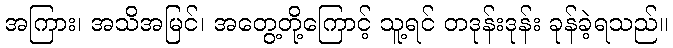
အကြား၊ အသိအမြင်၊ အတွေ့တို့ကြောင့် သူ့ရင် တဒုန်းဒုန်း ခုန်ခဲ့ရသည်။